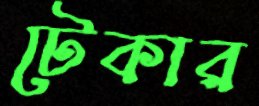
টেকার